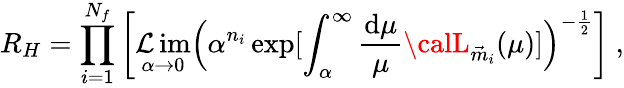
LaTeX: R_{H}=\prod_{i=1}^{N_{f}}\left[\operatorname*{\mathcal{L}im}_{\alpha\rightarrow0}\Big(\alpha^{n_{i}}\exp[\int_{\alpha}^{\infty}\frac{{\mathrm{{d}}\mu}}{{\mu}}{\calL}_{\vec{{m}}_{i}}(\mu)]\Big)^{-\frac{{1}}{{2}}}\right]\ ,